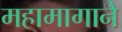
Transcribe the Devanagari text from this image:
महामागाने